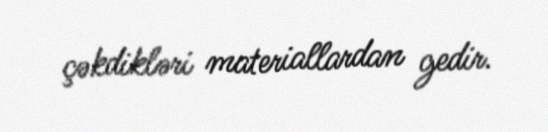
çəkdikləri materiallardan gedir.